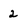
Character: 2